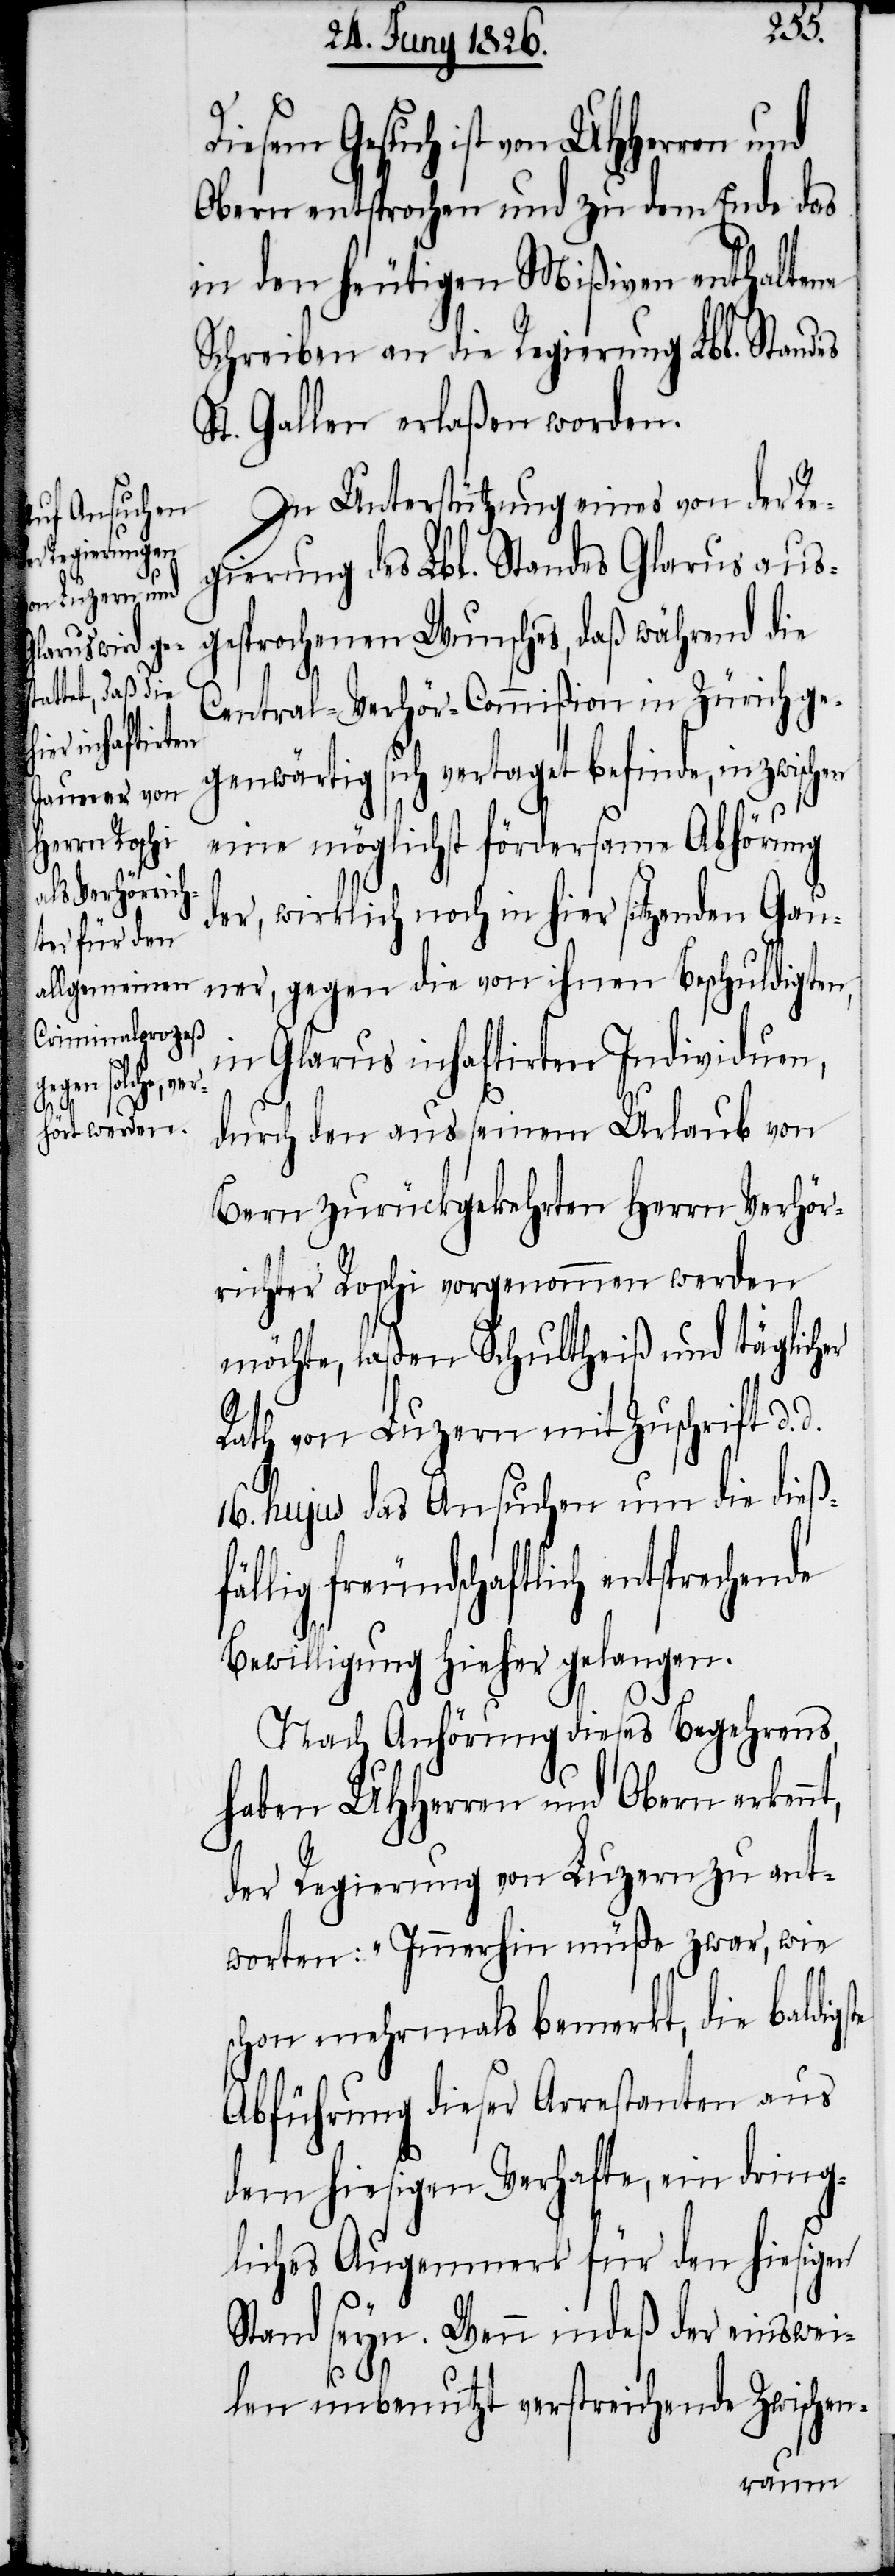
d.

Diesem Gesuch ist von UHHerren
Obern entsprochen und zu dem Ende das
in den heutigen Mißiven enthaltene
Schreiben an die Regierung Lbl. Standes
St. Gallen erlaßen worden.
In Unterstützung eines von der Re¬
gierung des Lbl. Standes Glarus aus¬
gesprochenen Wunsches, daß während die
Central-Verhör-Commißion in Zürich ge¬
genwärtig sich vertaget befinde, inzwischen
t,
eine möglichst fördersame Abhörung
der, wirklich noch in hier sitzenden Gau¬
ner, gegen die von ihnen Beschuldigten,
in Glarus inhaftirten Individuen,
durch den aus seinem Urlaub von
Bern zurückgekehrten Herrn Verhör¬
richter Roschi vorgenommen werden
möchte, laßen Schultheiß und täglicher
Rath von Luzern mit Zuschrift d.
16. hujus das Ansuchen um die dießfä¬
llig freundschaftlich entsprechende
Bewilligung hieher gelangen.
Nach Anhörung dieses Begehrens,
haben UHHerren und Obern erkenn¬
der Regierung von Luzern zu ant¬
worten: „Immerhin müße zwar, wie
schon mehrmals bemerkt, die baldigste
Abführung dieser Arrestanten aus
dem hiesigen Verhafte, ein dring¬
liches Augenmerk für den hiesigen
Stand seyn. Wenn indeß der einswei¬
len unbenutzt verstreichende Zwischen-